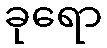
ခုရော